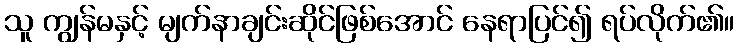
သူ ကျွန်မနှင့် မျက်နာချင်းဆိုင်ဖြစ်အောင် နေရာပြင်၍ ရပ်လိုက်၏။